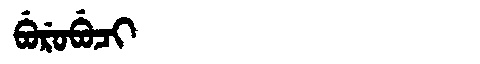
Manchu: ᠪᡠᡵᡠᠪᡠᠴᡳ
Romanization: BURUBUCI